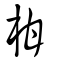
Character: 柑